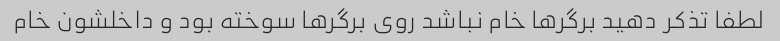
لطفا تذکر دهید برگر‌ها خام نباشد روی برگر‌ها سوخته بود و داخلشون خام